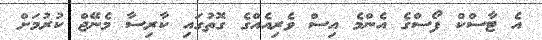
އެ ޓާސްކް ފޯސްގެ އެންމެ އިސް ވެރިއެއްގެ ގޮތުގައި ކާރިސާ މެނޭޖް ކުރުމަށް